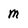
Character: m